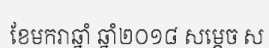
ខែមករាឆ្នាំ ឆ្នាំ២០១៨ សម្តេច ស